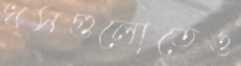
ধসগুলোতেও